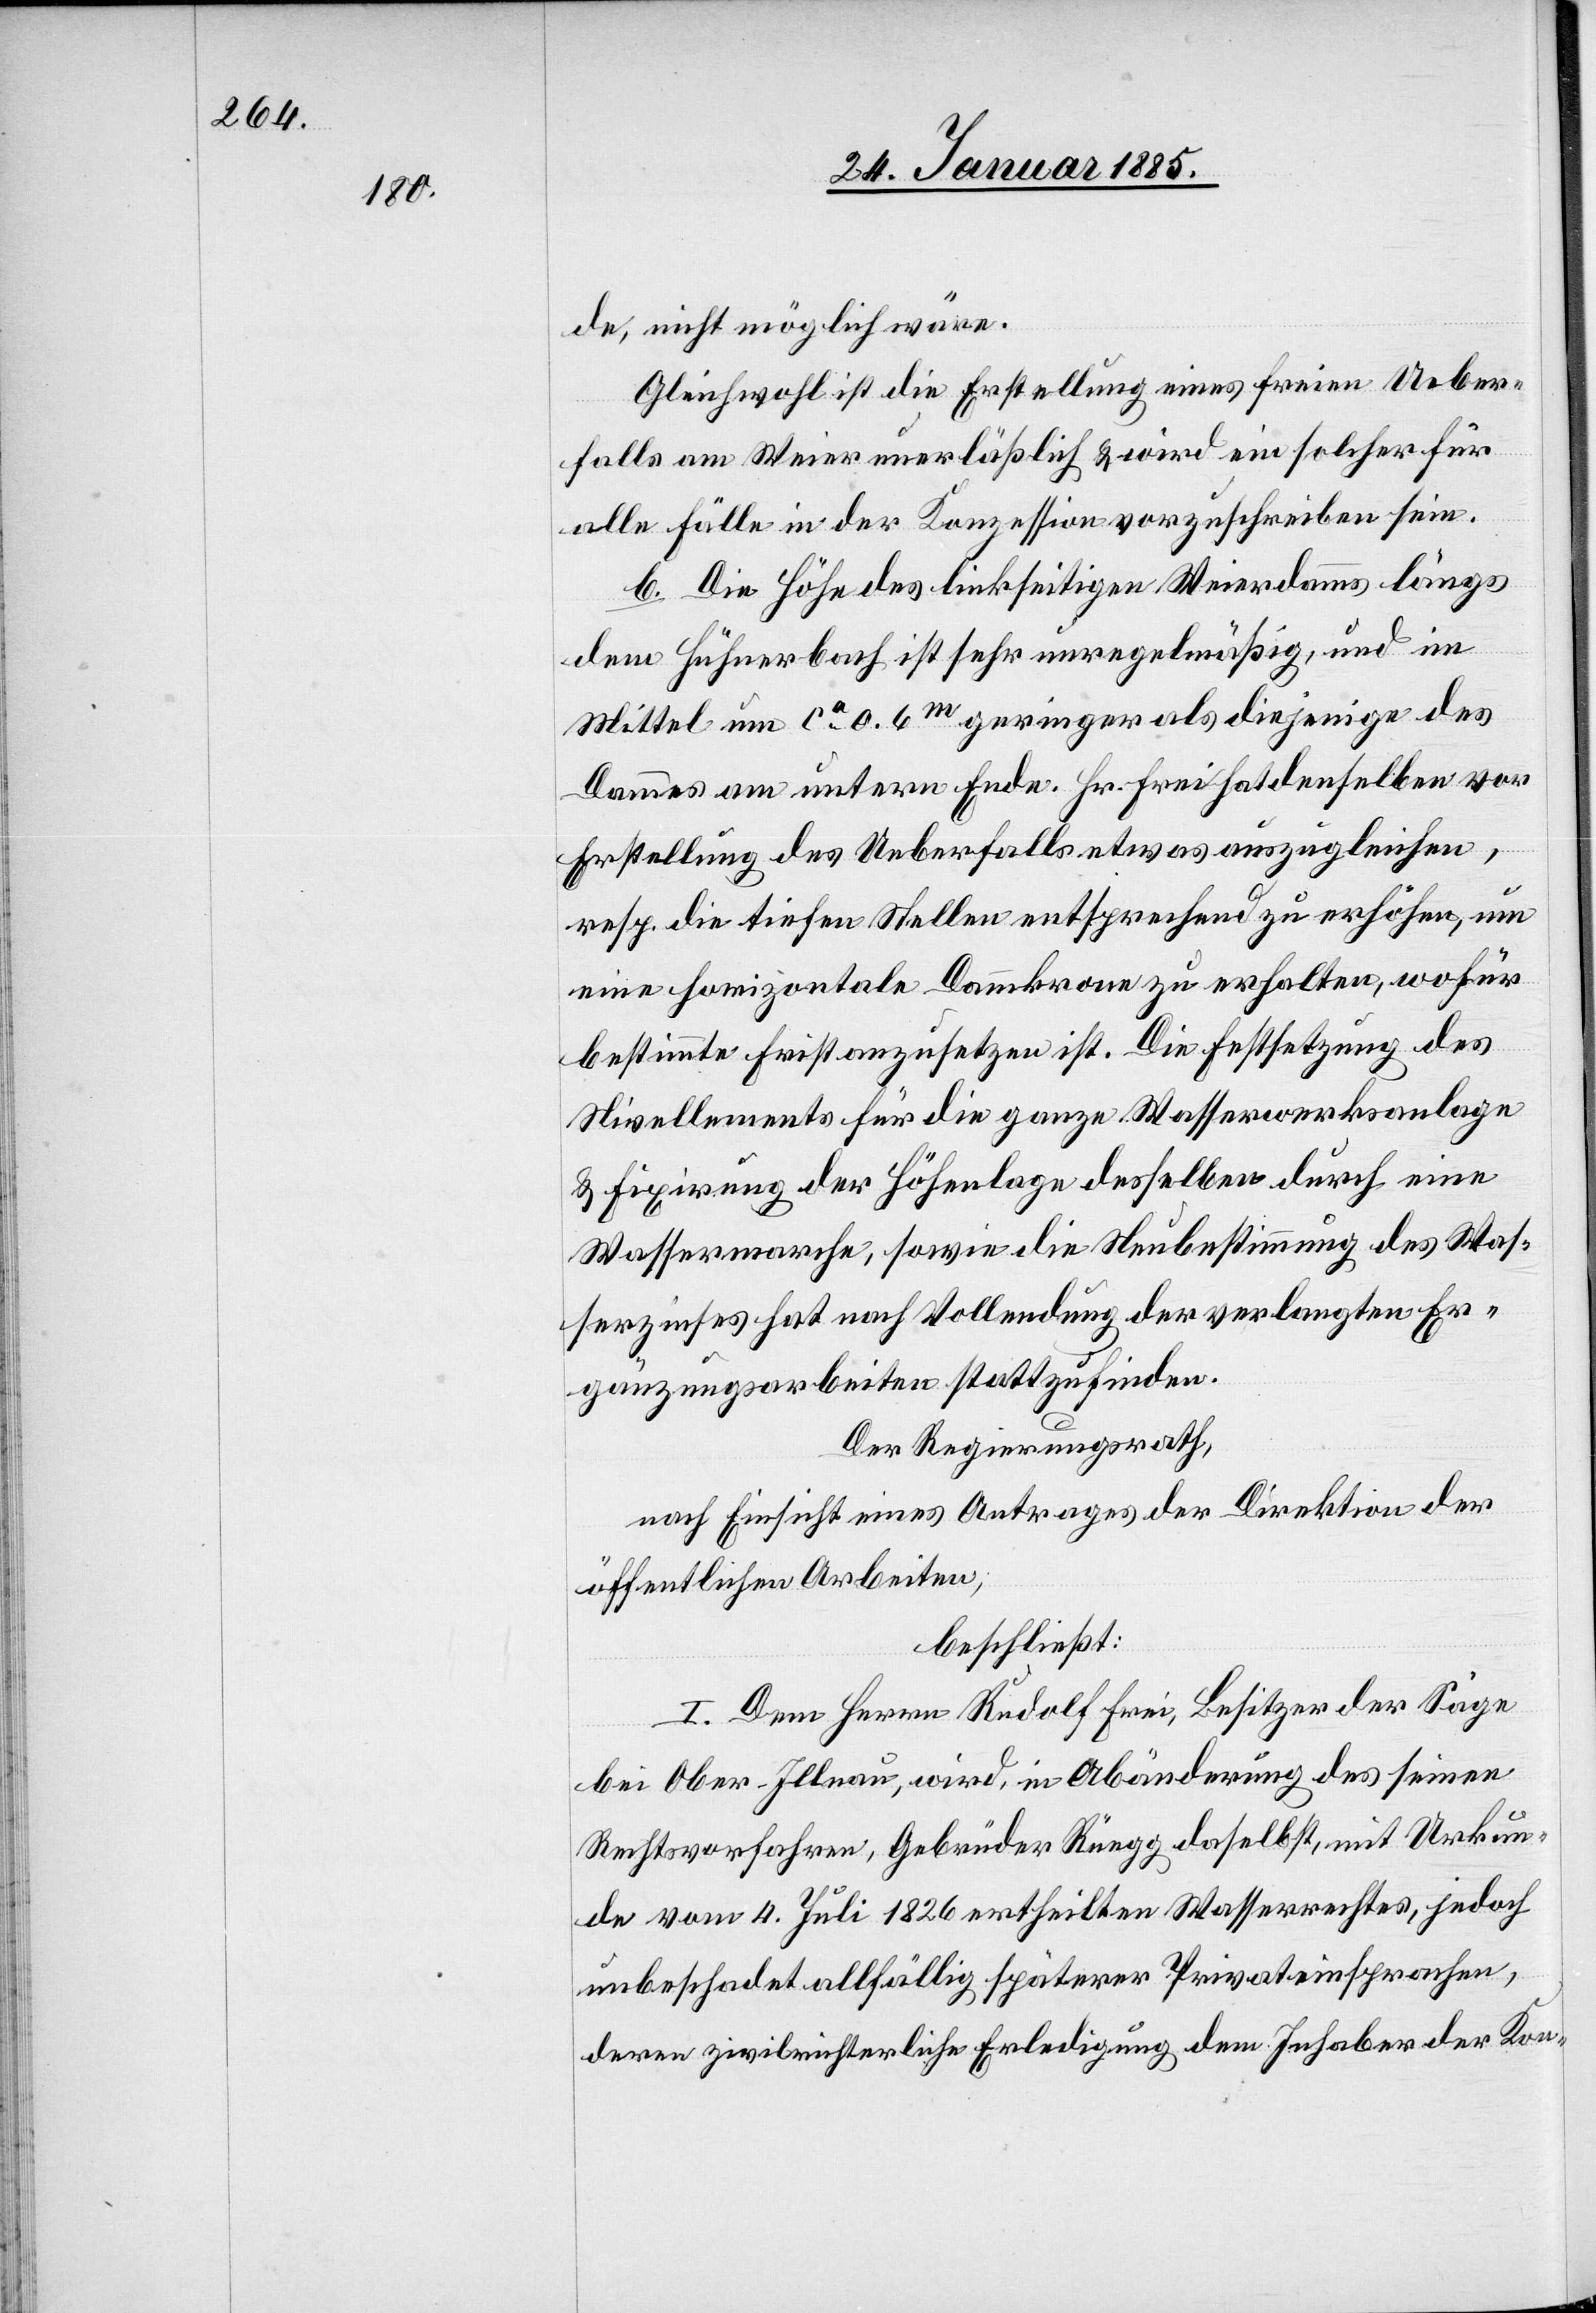
de, nicht möglich wäre.
Gleichwohl ist die Erstellung eines freien Ueber¬
falls am Weiter unerläßlich & wird ein solcher für
alle Fälle in der Konzession vorzuschreiben sein.
b. Die Höhe des linkseitigen Weierdammes längs
dem Hühnerbach ist sehr unregelmäßig, und im
Mittel um ca 0,6m geringer als diejenige des
Dammes am untern Ende. Hr. Frei hat denselben vor
Erstellung des Ueberfalls etwas auszugleichen,
resp. die tiefen Stellen entsprechend zu erhöhen, um
eine horizontale Dammkrone zu erhalten, wofür
bestimmte Frist anzusetzen ist. Die Festsetzung des
Nivellements für die ganze Wasserwerksanlage
Wassermarche, sowie die Neubestimmung des Was¬
serzinses hat nach Vollendung der verlangten Er¬
gänzungsarbeiten stattzufinden.
Der Regierungsrath,
nach Einsicht eines Antrages der Direktion der
öffentlichen Arbeiten,
beschließt:
I. Dem Herrn Rudolf Frei, Besitzer der Säge
bei Ober-Illnau, wird, in Abänderung des seinen
Rechtsvorfahren, Gebrüder Rüegg daselbst, mit Urkun¬
de vom 4. Juli 1826 ertheilten Wasserrechtes, jedoch
unbeschadet allfällig späterer Privateinsprachen,
deren zivilrichterliche Erledigung dem Inhaber der Kon-